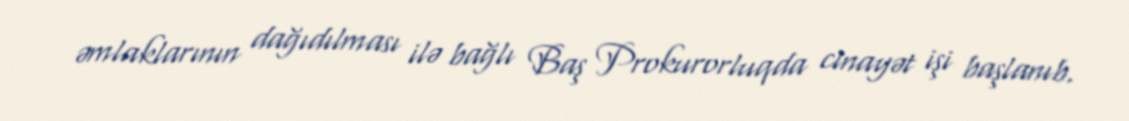
əmlaklarının dağıdılması ilə bağlı Baş Prokurorluqda cinayət işi başlanıb.